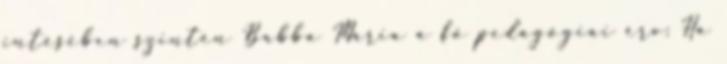
intésében szintén Babba Mária a fő pedagógiai érv: Ha